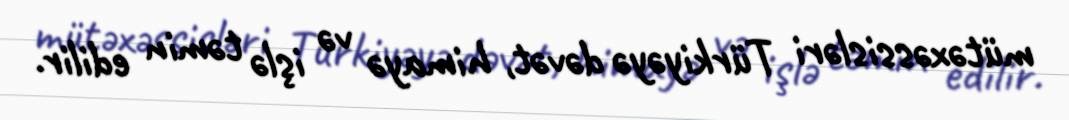
mütəxəssisləri Türkiyəyə dəvət, himayə və işlə təmin edilir.